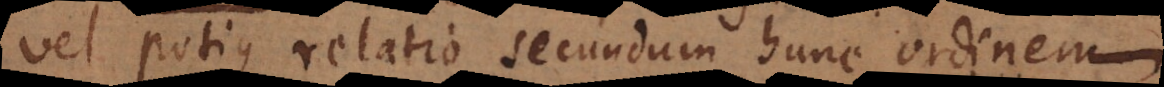
vel potius relatio secundum hunc ordinem.